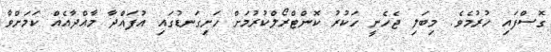
ގޮސްފައި ހުރުމެވެ. މިބަލި ޖެހެނީ ހަކުރު ކޮންޓްރޯލްކުރުމަށް ހަށިގަނޑުގައި އުފައްދާ މާއްދާއެއް ކަމަށްވާ